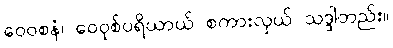
ဝေဝစနံ၊ ဝေဝုစ်ပရိယာယ် စကားလှယ် သဒ္ဒါတည်း။